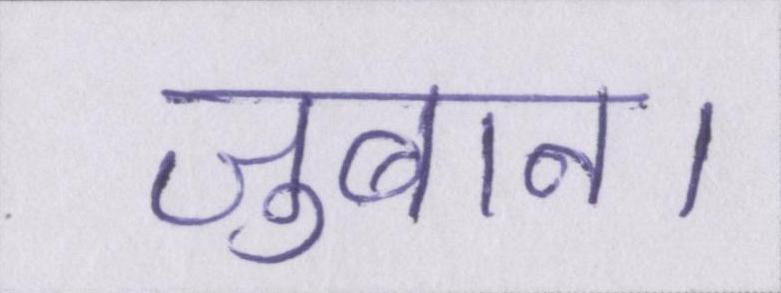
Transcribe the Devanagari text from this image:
जुबान।